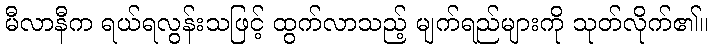
မီလာနီက ရယ်ရလွန်းသဖြင့် ထွက်လာသည့် မျက်ရည်များကို သုတ်လိုက်၏။